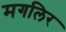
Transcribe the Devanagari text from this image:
मगलिर